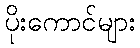
ပိုးကောင်များ